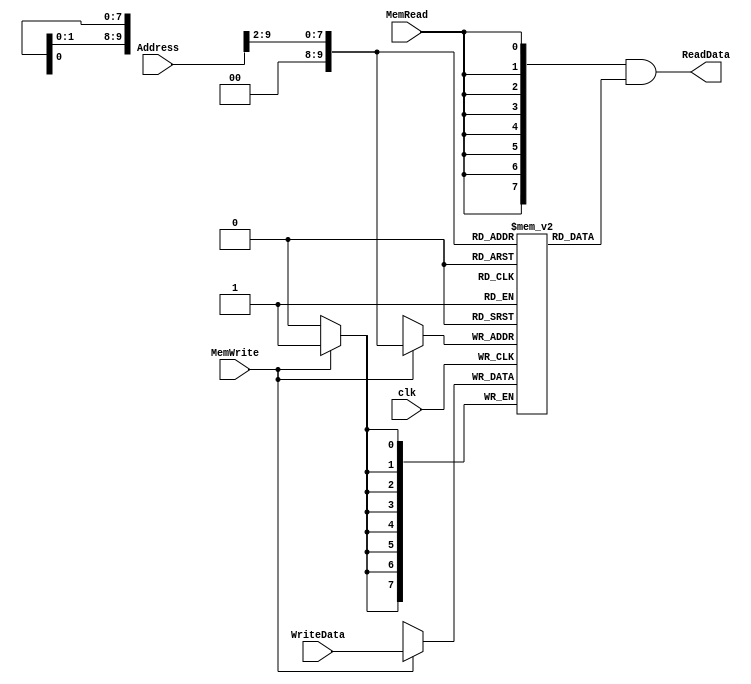
module DataMemory 
#(	parameter DATA_WIDTH = 8,
	parameter ADDR_SIZE = 10

)
(
	input [DATA_WIDTH-1:0] WriteData,
	input [ADDR_SIZE-1:0] Address,
	input MemWrite, MemRead, clk,
	output [DATA_WIDTH-1:0]  ReadData
);
	
// Declare the RAM variable
reg [DATA_WIDTH-1:0] ram[2**ADDR_SIZE-1:0];
wire [DATA_WIDTH-1:0] ReadDataAux;

wire [ADDR_SIZE-1:0] RealAddress;
assign RealAddress = Address >> 2;

always @ (posedge clk)
begin
	// Write
	if (MemWrite)
		ram[RealAddress] <= WriteData;
end

assign ReadDataAux = ram[RealAddress];
assign ReadData = {DATA_WIDTH{MemRead}}& ReadDataAux;

endmodule